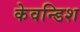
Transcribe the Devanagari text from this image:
केवन्डिश